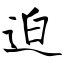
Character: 迫